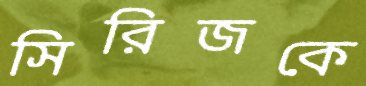
সিরিজকে